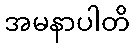
အမနာပါတိ